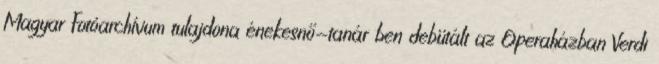
Magyar Fotóarchívum tulajdona énekesnő-tanár ben debütált az Operaházban Verdi